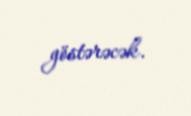
göstərəcək.